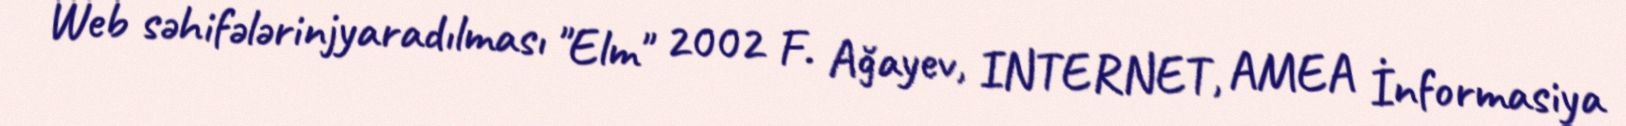
Web səhifələrinjyaradılması "Elm" 2002 F. Ağayev, INTERNET, AMEA İnformasiya